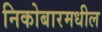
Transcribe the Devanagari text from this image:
निकोबारमधील